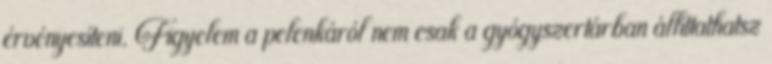
érvényesíteni. Figyelem a pelenkáról nem csak a gyógyszertárban állíttathatsz